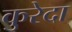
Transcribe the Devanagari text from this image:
कुरेदा